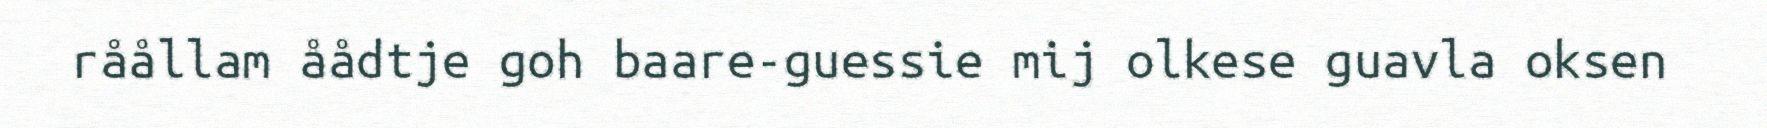
råållam åådtje goh baare-guessie mij olkese guavla oksen